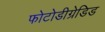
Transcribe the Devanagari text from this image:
फोटोडीग्रेडिड